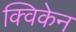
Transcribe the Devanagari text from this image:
क्विकेन